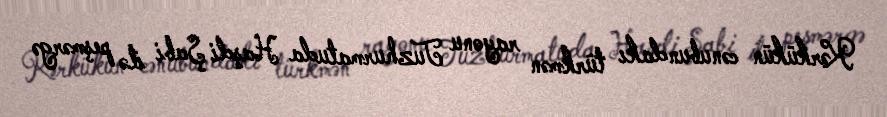
Kərkükün cənubundakı türkmən rayonu Tuzhurmatuda Haşdi Şabi ilə peşmərgə